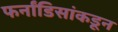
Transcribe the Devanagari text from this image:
फर्नांडिसांकडून